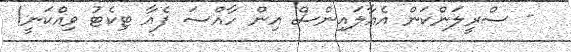
- ސްރީލަންކަން އެއާލައިންސް އިން ހާއްސަ ފެއާ ޓިކެޓު ވިއްކަނީ!